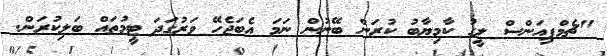
"ޗެމްޕިއަންސް ލީގު ކާމިޔާބު ކުރަން ބޭނުން ނަމަ އެބަޖެހޭ ވަރުގަދަ ޓީމުތައް ބަލިކުރަން.